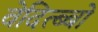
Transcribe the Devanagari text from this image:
वेदित्ब्बो